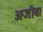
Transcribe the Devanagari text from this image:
अजीव।